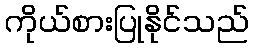
ကိုယ်စားပြုနိုင်သည်